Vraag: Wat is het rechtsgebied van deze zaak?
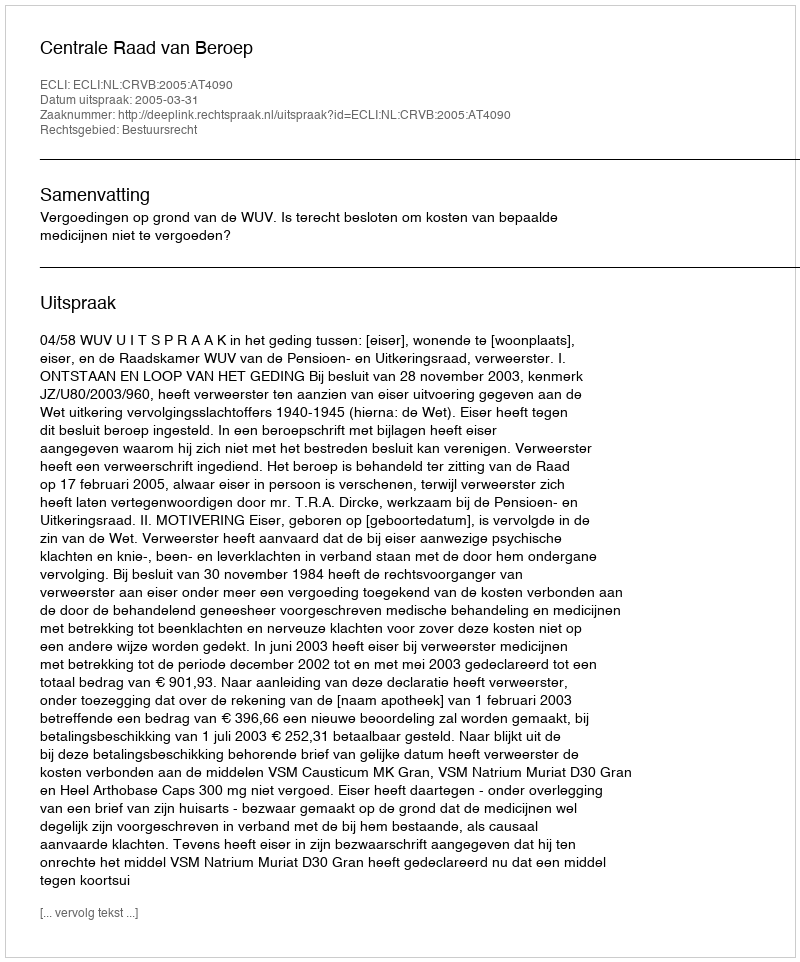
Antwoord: Bestuursrecht